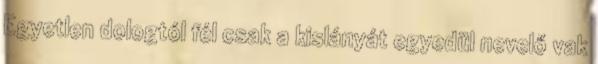
Egyetlen dologtól fél csak a kislányát egyedül nevelő vak